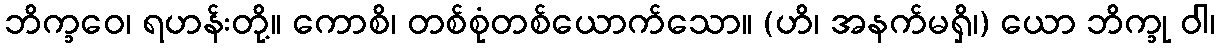
ဘိက္ခဝေ၊ ရဟန်းတို့။ ကောစိ၊ တစ်စုံတစ်ယောက်သော။ (ဟိ၊ အနက်မရှိ၊) ယော ဘိက္ခု ဝါ၊